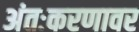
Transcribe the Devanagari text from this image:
अंतःकरणावर